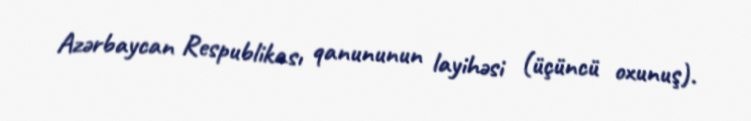
Azərbaycan Respublikası qanununun layihəsi (üçüncü oxunuş).